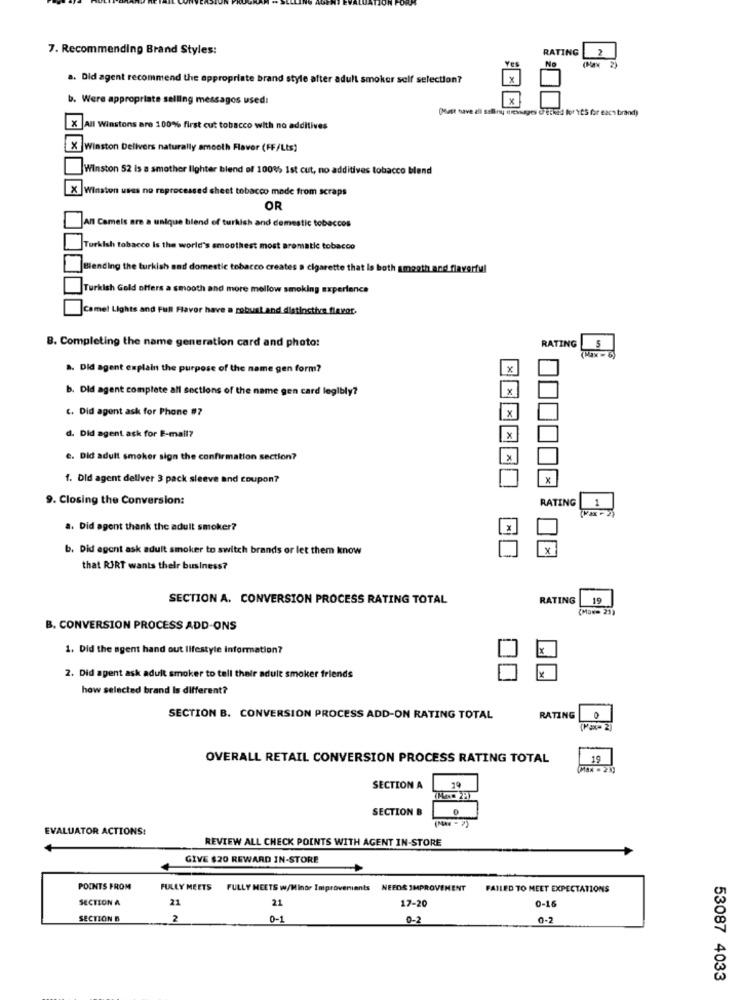
7. Recommending Brand Styles:
RATING
2
No
(Max 2)
a. Did agent recommend the appropriate brand style after adult smoker self selection?
Were appropriate selling messagos used:
x
Ouest have all seliny messages U'ethe d for'is for each brand)
All Winstons are 100% first cut tobacco with no additives
Winston Delivers naturally smooth Flaver (FF/Lts)
Winston 52 is a smother lighter blend of 100% Ist cut, no additives tobacco blend
X Winston uses no reprocessed sheet tobacco made from scraps
OR
All Camels are a unique blend of turkish and domestic tobaccos
Turkish tobacco is the world's smoothest most aromatic tobacco
Blending the turkish and domestic tobacco creates a cigarette that Is both smooth and flavorful
Turkish Gold offers a smooth and more mellow smoking experience
Camel Lights and Full Flavor have a robust and distinctive flavor.
B. Completing the name generation card and photo:
S
RATING
(Max - 6)
a. Did agent explain the purpose of the name gen form?
x
b. Did agent complete all sections of the name gen card legibly?
X
C. Did agent ask for Phone #7
x
d. Did agent ask for E-mail?
e. Did adult smoker sign the confirmation section?
1. Did agent dellver 3 pack sleeve and coupon?
X
9. Closing the Conversion:
RATING
a. Did agent thank the adult smoker?
b. Did agent ask adult smoker to switch brands or let them know
X
that RJRT wants their business?
SECTION A. CONVERSION PROCESS RATING TOTAL
RATING
19
(Max= 21)
B. CONVERSION PROCESS ADD-ONS
1. Did the agent hand out lifestyle Information?
2. Did agent ask adult smoker to tell their adult smoker friends
how selected brand Is different?
SECTION B. CONVERSION PROCESS ADD-ON RATING TOTAL
RATING
[Max=2)
OVERALL RETAIL CONVERSION PROCESS RATING TOTAL
19
(Max . 23)
SECTION A
SECTION B
EVALUATOR ACTIONS:
REVIEW ALL CHECK POINTS WITH AGENT IN-STORE
GIVE $20 REWARD IN-STORE
POINTS FROM
FULLY MEETS
FULLY MEETS w/Minor Improvements
NEEDS IMPROVEMENT
FAILED TO MEET EXPECTATIONS
SECTION A
21
21
0-16
17-20
SECTION B
2
0-1
0-2
0-2
53087 4033